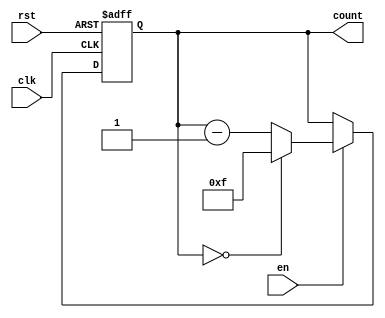
module binary_down_counter #(
    parameter WIDTH = 4 // Width of the counter (number of bits)
)(
    input wire clk,        // Clock signal
    input wire rst,        // Asynchronous reset signal
    input wire en,         // Enable signal
    output reg [WIDTH-1:0] count // Current count value
);

    // Define the maximum value based on the width
    localparam MAX_COUNT = (1 << WIDTH) - 1; // 2^WIDTH - 1

    // Asynchronous reset and synchronous counting
    always @(posedge clk or posedge rst) begin
        if (rst) begin
            count <= MAX_COUNT; // Reset to maximum value
        end else if (en) begin
            if (count == 0) begin
                count <= MAX_COUNT; // Roll over to maximum value
            end else begin
                count <= count - 1; // Decrement the count
            end
        end
    end

    // Initialize count to maximum value at startup
    initial begin
        count = MAX_COUNT;
    end

endmodule